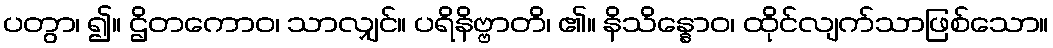
ပတွာ၊ ၍။ ဌိတကောဝ၊ သာလျှင်။ ပရိနိဗ္ဗာတိ၊ ၏။ နိသိန္နောဝ၊ ထိုင်လျက်သာဖြစ်သော။